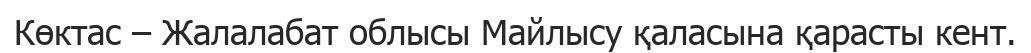
Көктас – Жалалабат облысы Майлысу қаласына қарасты кент.